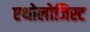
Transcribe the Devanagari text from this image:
एथोलोजिस्ट